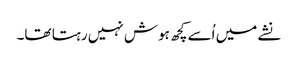
نشے میں اُسے کچھ ہوش نہیں رہتا تھا۔